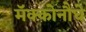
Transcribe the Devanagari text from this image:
मॅक्कोनौघे